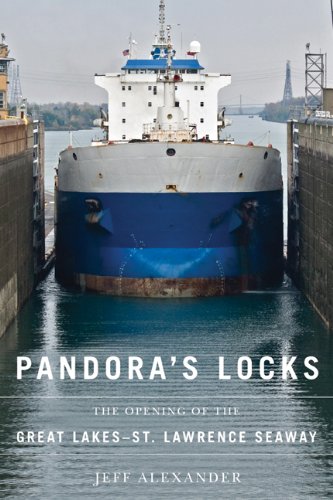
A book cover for Pandora's Locks: The Opening of the Great Lakes-St. Lawrence Seaway; Jeff Alexander; Science & Math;